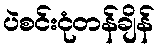
ပဲစင်းငုံတန်ချိန်